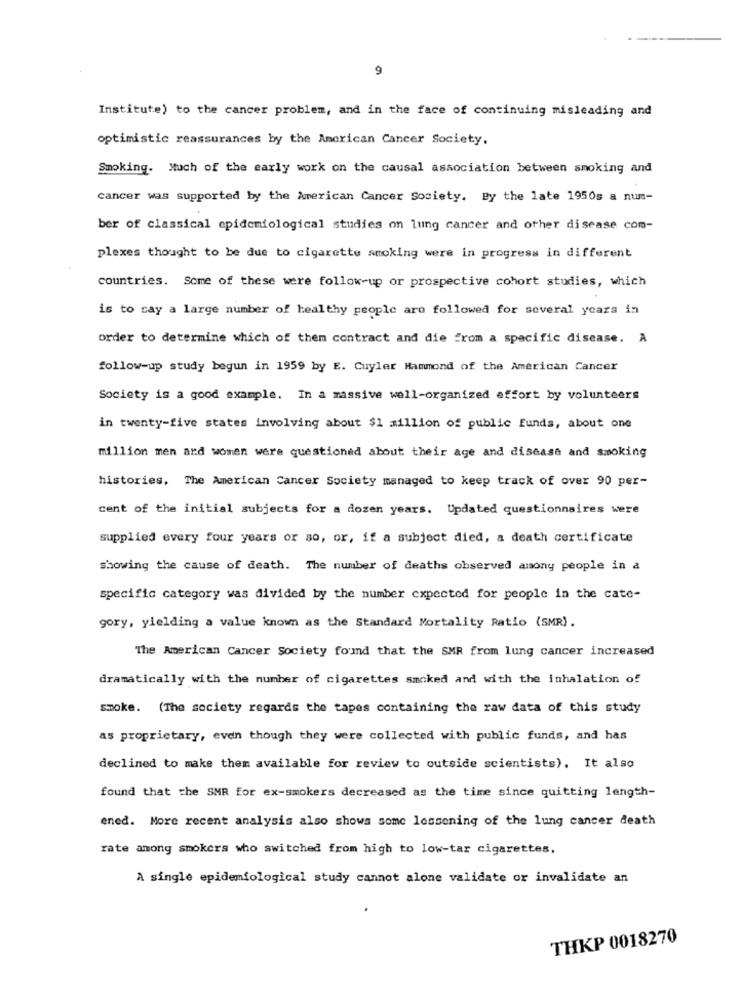
9
Institute) to the cancer problem, and in the face of continuing misleading and
optimistic reassurances by the American Cancer Society.
Smoking. Much of the early work on the causal association between smoking and
cancer was supported by the American Cancer Society. By the late 1950s a num-
ber of classical epidemiological studies on lung cancer and other disease com-
plexes thought to be due to cigarette smoking were in progress in different
countries. Some of these were follow-up or prospective cohort studies, which
is to say a large number of healthy people aro followed for several years in
order to determine which of them contract and die from a specific disease. A
follow-up study begun in 1959 by E. Cuyler Hammond of the American Cancer
Society is a good example. In a massive well-organized effort by volunteers
in twenty-five states involving about $1 million of public funds, about one
million men and women were questioned about their age and disease and smoking
histories, The American Cancer Society managed to keep track of over 90 per-
cent of the initial subjects for a dozen years. Updated questionnaires were
supplied every four years or so, or, if a subject died, a death certificate
Showing the cause of death. The number of deaths observed amony people in a
specific category was divided by the number expected for people in the cate-
gory, yielding a value known as the Standard Mortality Ratio (SMR).
The American Cancer Society found that the SMR from lung cancer increased
dramatically with the number of cigarettes smoked and with the inhalation of
smoke. (The society regards the tapes containing the raw data of this study
as proprietary, even though they were collected with public funds, and has
declined to make them available for review to outside scientists). It also
found that the SMR for ex-smokers decreased as the time since quitting length-
ened. More recent analysis also shows some lessening of the lung cancer death
rate among smokers who switched from high to low-tar cigarettes.
A single epidemiological study cannot alone validate or invalidate an
THKP 0018270